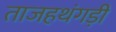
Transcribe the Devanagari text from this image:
ताजहथंगड़ी